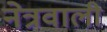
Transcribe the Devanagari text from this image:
नेत्रवाली